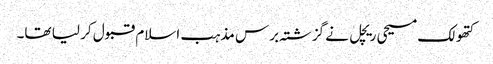
کتھولک مسیحی ریچل نے گزشتہ برس مذہب اسلام قبول کر لیا تھا۔